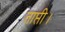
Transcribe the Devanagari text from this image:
ताप्ती।